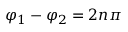
\varphi _ { 1 } - \varphi _ { 2 } = 2 n \pi